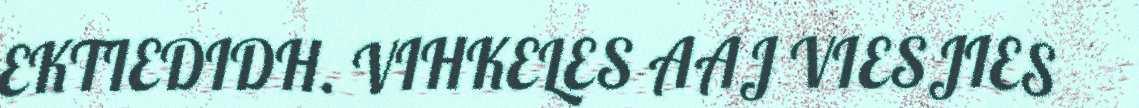
EKTIEDIDH. VIHKELES AAJ VIESJIES